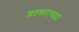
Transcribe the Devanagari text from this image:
शतकांएवढ्या